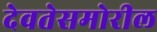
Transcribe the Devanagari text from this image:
देवतेसमोरील